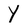
Character: y